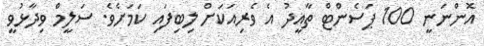
އޮންނަނީ 100 ޕަސެންޓް ތާއީދު އެ ވެރިއަކަށް ލިބިފައި ކަމަށެވެ. ސަލީމް ވިދާޅުވީ